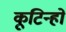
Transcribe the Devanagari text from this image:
कूटिन्हो